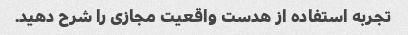
تجربه استفاده از هدست واقعیت مجازی را شرح دهید.